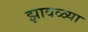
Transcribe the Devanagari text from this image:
झावळ्या